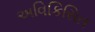
અવિકિસિત